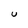
Character: U